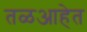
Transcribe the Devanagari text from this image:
तळआहेत